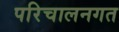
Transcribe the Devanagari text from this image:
परिचालनगत